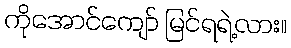
ကိုအောင်ကျော် မြင်ရရဲ့လား။